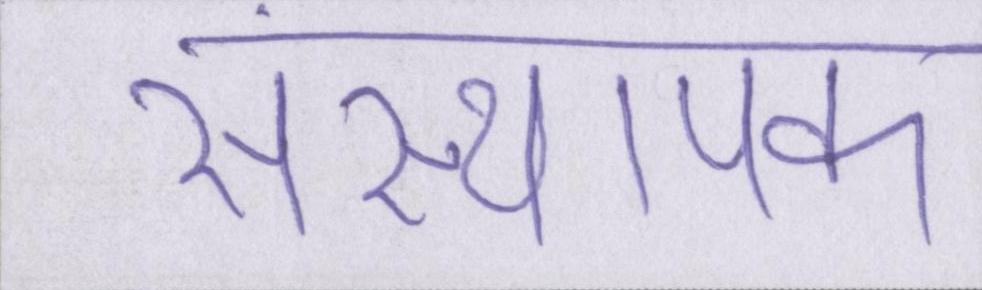
संस्थापक